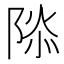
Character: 𮥑